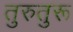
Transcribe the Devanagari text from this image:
तुरुतुरू